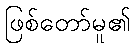
ဖြစ်တော်မူ၏